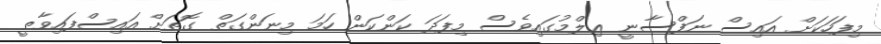
މިފަހަކަށް އައިސް ނަފްސާނީ ޢިލްމުގައިވެސް މިފަދަ ކަންކަން ހަމަ މިނަންގަތް ގޮތަށް އައިސްފައިވާތީ